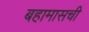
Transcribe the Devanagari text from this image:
बहामासची